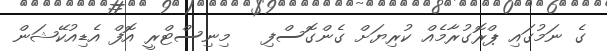
ގެ ނަމުގައި ޕްރޮގުރާމެއް ކުރިޔަށް ގެންގޮސްފި   މިނިސްޓްރީ އޮފް އެޑިއުކޭޝަން